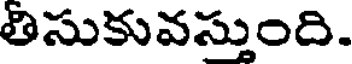
తిసుకువస్తుంది.